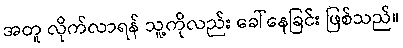
အတူ လိုက်လာရန် သူ့ကိုလည်း ခေါ်နေခြင်း ဖြစ်သည်။